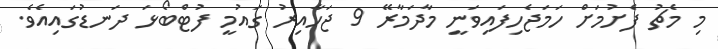
މި މެޗު ފެށުމަށް ހަމަޖެހިފައިވަނީ މާދަމާރޭ 9 ޖަހާއިރު ގައުމީ ފުޓްބޯޅަ ދަނޑުގައިއެވެ.